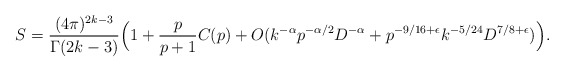
\begin{align*} S=\frac{(4\pi)^{2k-3}}{\Gamma(2k-3)}\Big(1+ \frac{p}{p+1}C(p)+ O( k^{-\alpha}p^{-\alpha/2}D^{-\alpha}+p^{-9/16+\epsilon} k^{-5/24} D^{7/8+\epsilon})\Big).\end{align*}